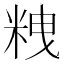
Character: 𥹞